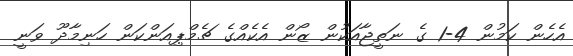
އެހެން ކަމުން 4-1 ގެ ނަތީޖާއަކުން ޒޯން އެކެއްގެ ޗެމްޕިއަންކަން ހަނިމާދޫ ވަނީ